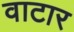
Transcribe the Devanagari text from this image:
वाटार